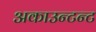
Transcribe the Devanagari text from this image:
अकाउन्टन्ट